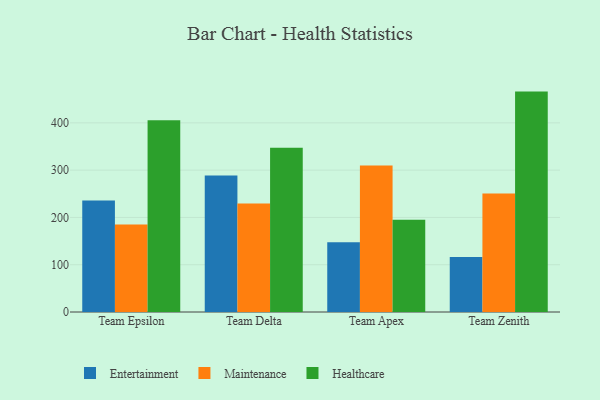
{"axis": {"x": "Team", "y": "Energy Usage (MWh)"}, "legend": ["Entertainment", "Healthcare", "Maintenance"], "data": [{"x": "Team Epsilon", "y": 235.9, "type": "Entertainment"}, {"x": "Team Epsilon", "y": 184.8, "type": "Maintenance"}, {"x": "Team Epsilon", "y": 405.4, "type": "Healthcare"}, {"x": "Team Delta", "y": 288.7, "type": "Entertainment"}, {"x": "Team Delta", "y": 229.3, "type": "Maintenance"}, {"x": "Team Delta", "y": 347.2, "type": "Healthcare"}, {"x": "Team Apex", "y": 147.7, "type": "Entertainment"}, {"x": "Team Apex", "y": 309.8, "type": "Maintenance"}, {"x": "Team Apex", "y": 195.3, "type": "Healthcare"}, {"x": "Team Zenith", "y": 116.3, "type": "Entertainment"}, {"x": "Team Zenith", "y": 250.7, "type": "Maintenance"}, {"x": "Team Zenith", "y": 466.1, "type": "Healthcare"}]}